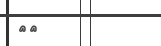
٨١